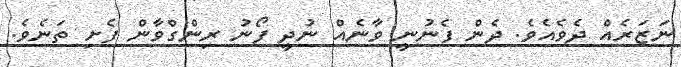
ނަޒަރެއް ދެވެއެވެ. ދެން ފެނުނީ ވާނެއް ނުދީ ފޯނު ރިންގްވާން ފެށި ތަނެވެ.